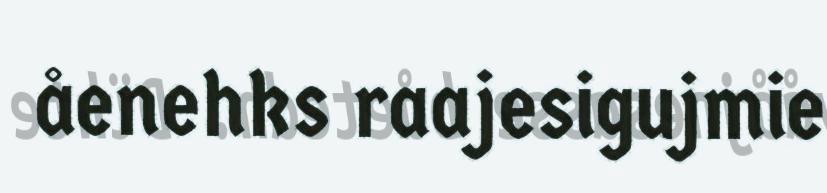
åenehks raajesigujmie